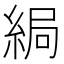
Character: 𦀯